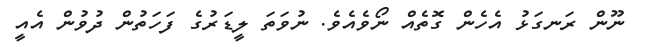
ނޫން ރަނގަޅު އެހެން ގޮތެއް ނޯވެއެވެ. ނުވަތަ ލީޑަރުގެ ފަހަތުން ދުވުން އެއީ